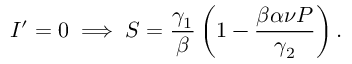
I ^ { \prime } = 0 \implies S = \frac { \gamma _ { 1 } } { \beta } \left( 1 - \frac { \beta \alpha \nu P } { \gamma _ { 2 } } \right) .